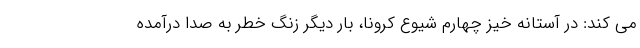
می کند: در آستانه خیز چهارم شیوع کرونا، بار دیگر زنگ خطر به صدا درآمده